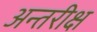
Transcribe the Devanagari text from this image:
अन्तरीक्ष